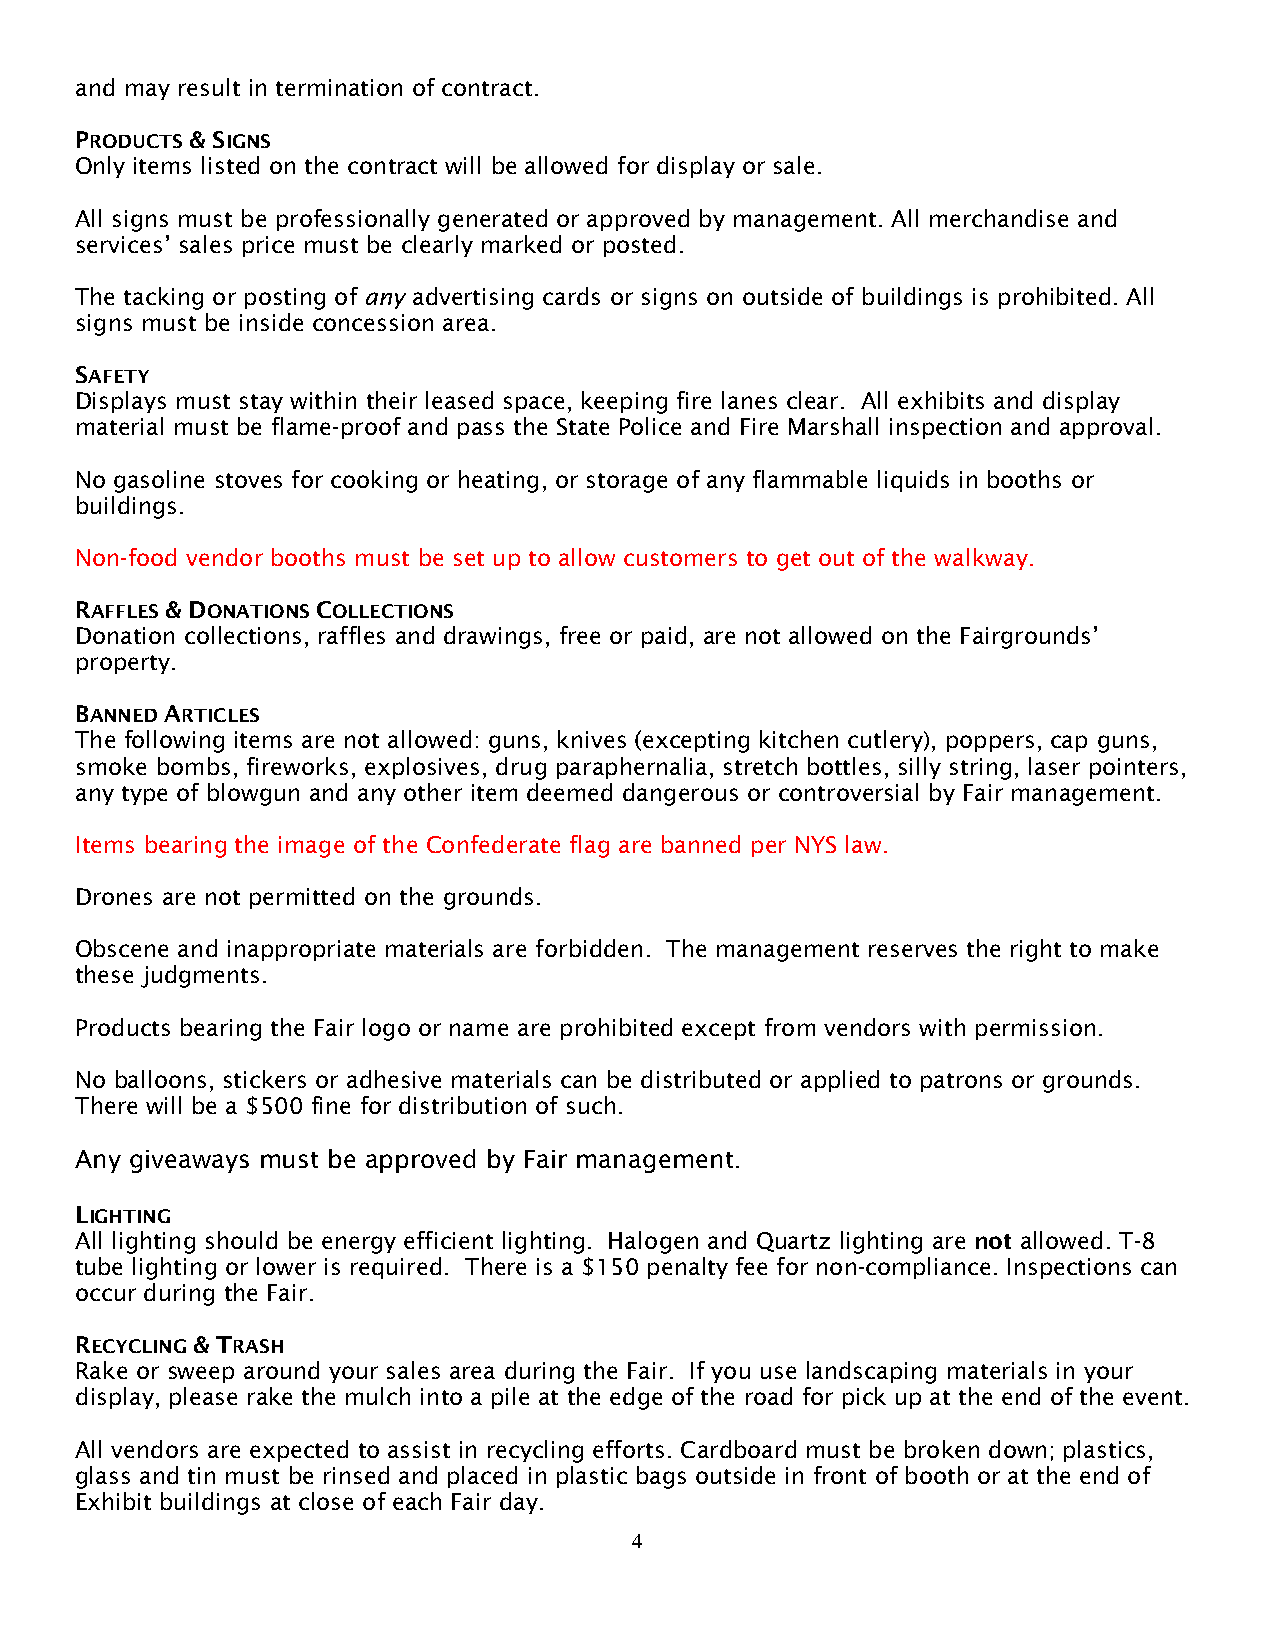
and may result in termination of contract.
 PRODUCTS & SIGNS
 Only items listed on the contract will be allowed for display or sale.
 All signs must be professionally generated or approved by management. All merchandise and
 services’ sales price must be clearly marked or posted.
 The tacking or posting of any advertising cards or signs on outside of buildings is prohibited. All
 signs must be inside concession area.
 SAFETY
 Displays must stay within their leased space, keeping fire lanes clear. All exhibits and display
 material must be flame-proof and pass the State Police and Fire Marshall inspection and approval.
 No gasoline stoves for cooking or heating, or storage of any flammable liquids in booths or
 buildings.
 Non-food vendor booths must be set up to allow customers to get out of the walkway.
 RAFFLES & DONATIONS COLLECTIONS
 Donation collections, raffles and drawings, free or paid, are not allowed on the Fairgrounds’
 property.
 BANNED ARTICLES
 The following items are not allowed: guns, knives (excepting kitchen cutlery), poppers, cap guns,
 smoke bombs, fireworks, explosives, drug paraphernalia, stretch bottles, silly string, laser pointers,
 any type of blowgun and any other item deemed dangerous or controversial by Fair management.
 Items bearing the image of the Confederate flag are banned per NYS law.
 Drones are not permitted on the grounds.
 Obscene and inappropriate materials are forbidden. The management reserves the right to make
 these judgments.
 Products bearing the Fair logo or name are prohibited except from vendors with permission.
 No balloons, stickers or adhesive materials can be distributed or applied to patrons or grounds.
 There will be a $500 fine for distribution of such.
 Any giveaways must be approved by Fair management.
 LIGHTING
 All lighting should be energy efficient lighting. Halogen and Quartz lighting are not allowed. T-8
 tube lighting or lower is required. There is a $150 penalty fee for non-compliance. Inspections can
 occur during the Fair.
 RECYCLING & TRASH
 Rake or sweep around your sales area during the Fair. If you use landscaping materials in your
 display, please rake the mulch into a pile at the edge of the road for pick up at the end of the event.
 All vendors are expected to assist in recycling efforts. Cardboard must be broken down; plastics,
 glass and tin must be rinsed and placed in plastic bags outside in front of booth or at the end of
 Exhibit buildings at close of each Fair day.
 4